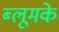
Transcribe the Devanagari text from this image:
ब्लूमके